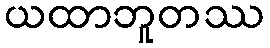
ယထာဘူတဿ